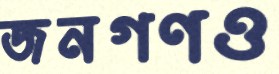
জনগণও